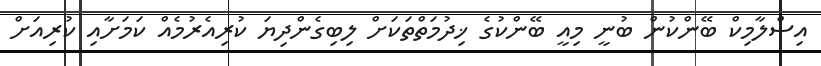
އިސްލާމިކް ބޭންކުން ބުނީ މިއީ ބޭންކުގެ ޚިދުމަތްތަކަށް ލިބިގެންދިޔަ ކުރިއެރުމެއް ކަމަށާއި ކުރިއަށް